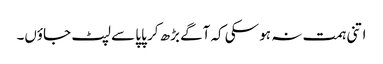
اتنی ہمت نہ ہو سکی کہ آگے بڑھ کر پاپا سے لپٹ جاؤں۔